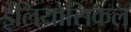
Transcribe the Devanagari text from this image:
ईलियोसिकल